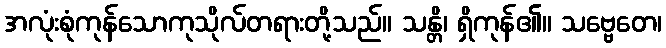
အလုံးစုံကုန်သောကုသိုလ်တရားတို့သည်။ သန္တိ၊ ရှိကုန်၏။ သဗ္ဗေတေ၊